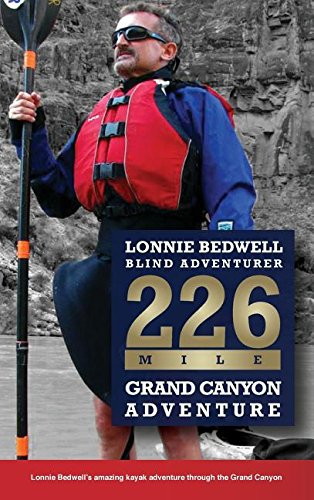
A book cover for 226: How I Became the First Blind Person to Kayak the Grand Canyon; Lonnie Bedwell; Sports & Outdoors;